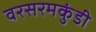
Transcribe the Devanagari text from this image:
वरसरमकुंडी